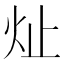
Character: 𪸔